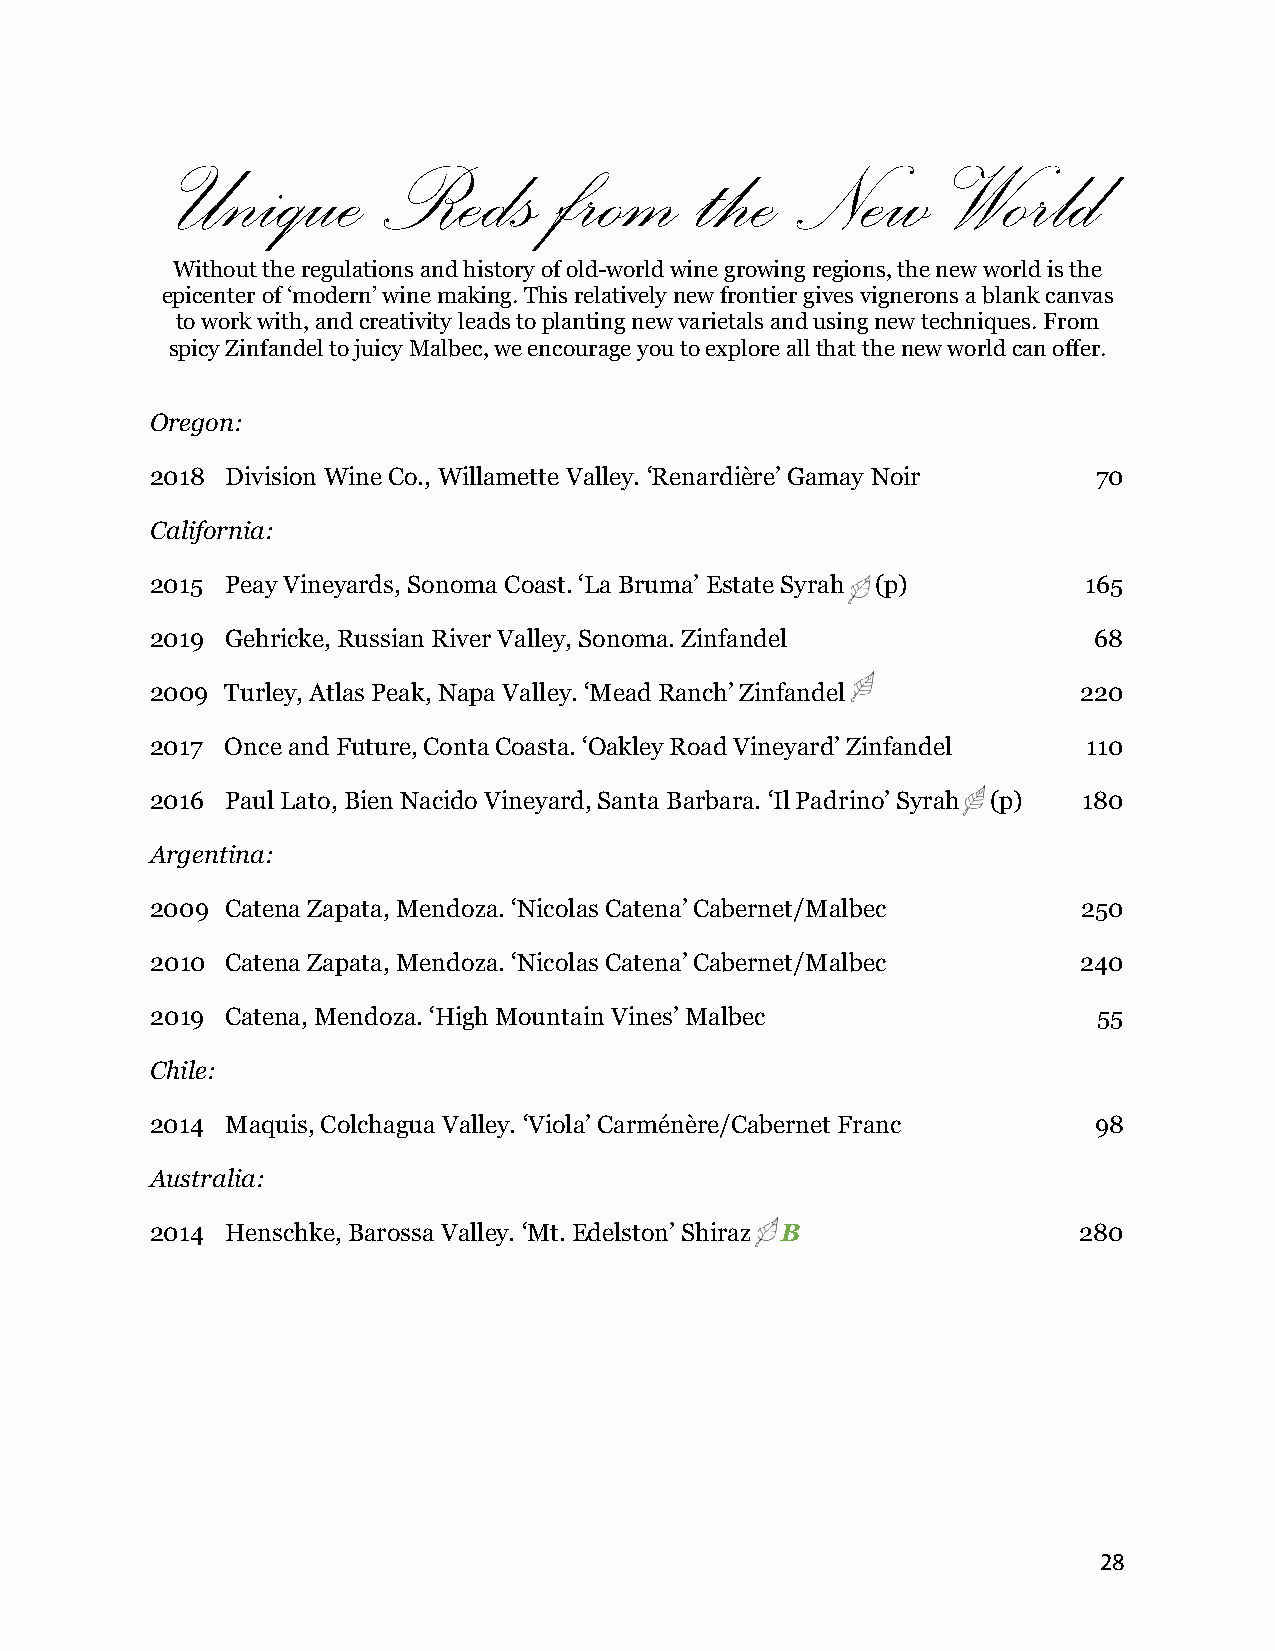
Unique       Reds        from     the    New       World
 Without the regulations and history of old-world wine growing regions, the new world is the
 epicenter of ‘modern’ wine making. This relatively new frontier gives vignerons a blank canvas
 to work with, and creativity leads to planting new varietals and using new techniques. From
 spicy Zinfandel to juicy Malbec, we encourage you to explore all that the new world can offer.
 Oregon:
 2018 Division Wine Co., Willamette Valley. ‘Renardière’ Gamay Noir 70
 California:
 2015 Peay Vineyards, Sonoma Coast. ‘La Bruma’ Estate Syrah (p) 165
 2019 Gehricke, Russian River Valley, Sonoma. Zinfandel        68
 2009 Turley, Atlas Peak, Napa Valley. ‘Mead Ranch’ Zinfandel  220
 2017 Once and Future, Conta Coasta. ‘Oakley Road Vineyard’ Zinfandel 110
 2016 Paul Lato, Bien Nacido Vineyard, Santa Barbara. ‘Il Padrino’ Syrah (p) 180
 Argentina:
 2009 Catena Zapata, Mendoza. ‘Nicolas Catena’ Cabernet/Malbec 250
 2010 Catena Zapata, Mendoza. ‘Nicolas Catena’ Cabernet/Malbec 240
 2019 Catena, Mendoza. ‘High Mountain Vines’ Malbec             55
 Chile:
 2014 Maquis, Colchagua Valley. ‘Viola’ Carménère/Cabernet Franc 98
 Australia:
 2014 Henschke, Barossa Valley. ‘Mt. Edelston’ Shiraz B       280
 28